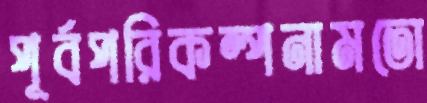
পূর্বপরিকল্পনামতো